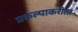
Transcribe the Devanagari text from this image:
प्रकल्पाकरीता